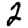
Digit: 2